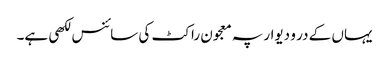
یہاں کے در و دیوار پہ معجون راکٹ کی سائنس لکھی ہے۔